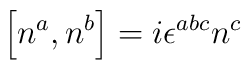
\left[n^{a}, n^{b}\right] = i \epsilon^{abc} n^{c}